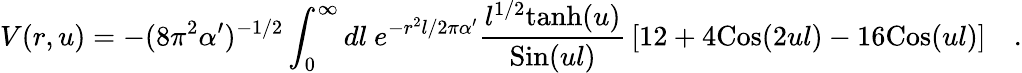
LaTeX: V(r,u)=-(8\pi^{2}\alpha^{\prime})^{-1/2}\int_{0}^{\infty}dl~e^{-r^{2}l/2\pi\alpha^{\prime}}{\frac{l^{1/2}\mathrm{tanh}(u)}{\mathrm{Sin}(ul)}}\left[12+4\mathrm{Cos}(2ul)-16\mathrm{Cos}(ul)\right]\quad.